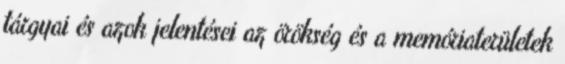
tárgyai és azok jelentései az örökség és a memóriaterületek